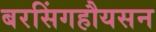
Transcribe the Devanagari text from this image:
बरसिंगहौयसन